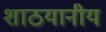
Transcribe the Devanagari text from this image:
शाठयानीय